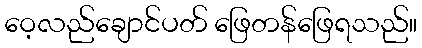
ဝေ့လည်ချောင်ပတ် ဖြေတန်ဖြေရသည်။